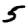
Digit: 5